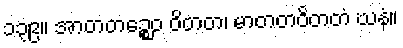
၁၃၉။ အာတတဉ္စေဝ ဝိတတ၊ မာတတဝိတတံ ဃနံ။